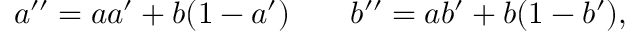
a ^ { \prime \prime } = a a ^ { \prime } + b ( 1 - a ^ { \prime } ) \; \; \; \; \; \; \; b ^ { \prime \prime } = a b ^ { \prime } + b ( 1 - b ^ { \prime } ) ,